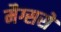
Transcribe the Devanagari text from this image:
मैग्ससे